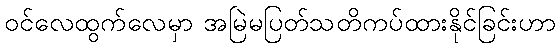
ဝင်လေထွက်လေမှာ အမြဲမပြတ်သတိကပ်ထားနိုင်ခြင်းဟာ